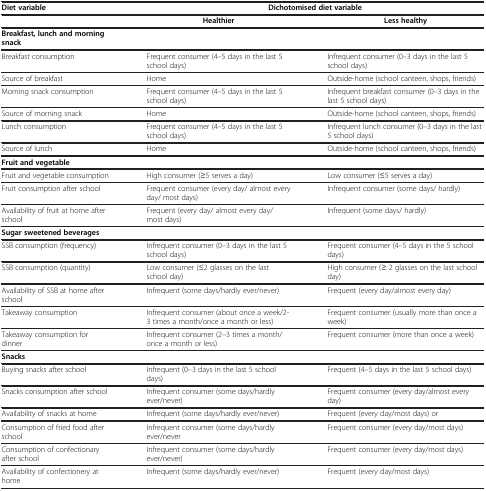
<table><thead><tr><td><b>Diet variable</b></td><td colspan="2"><b>Dichotomised diet variable</b></td></tr></thead><tbody><tr><td> </td><td><b>Healthier</b></td><td><b>Less healthy</b></td></tr><tr><td><b>Breakfast, lunch and morning snack</b></td><td> </td><td> </td></tr><tr><td>Breakfast consumption</td><td>Frequent consumer (4–5 days in the last 5 school days)</td><td>Infrequent consumer (0–3 days in the last 5 school days)</td></tr><tr><td>Source of breakfast</td><td>Home</td><td>Outside-home (school canteen, shops, friends)</td></tr><tr><td>Morning snack consumption</td><td>Frequent consumer (4–5 days in the last 5 school days)</td><td>Infrequent breakfast consumer (0–3 days in the last 5 school days)</td></tr><tr><td>Source of morning snack</td><td>Home</td><td>Outside-home (school canteen, shops, friends)</td></tr><tr><td>Lunch consumption</td><td>Frequent consumer (4–5 days in the last 5 school days)</td><td>Infrequent lunch consumer (0–3 days in the last 5 school days)</td></tr><tr><td>Source of lunch</td><td>Home</td><td>Outside-home (school canteen, shops, friends)</td></tr><tr><td><b>Fruit and vegetable</b></td><td> </td><td> </td></tr><tr><td>Fruit and vegetable consumption</td><td>High consumer (≥5 serves a day)</td><td>Low consumer (≤5 serves a day)</td></tr><tr><td>Fruit consumption after school</td><td>Frequent consumer (every day/ almost every day/ most days)</td><td>Infrequent consumer (some days/ hardly)</td></tr><tr><td>Availability of fruit at home after school</td><td>Frequent (every day/ almost every day/ most days)</td><td>Infrequent (some days/ hardly)</td></tr><tr><td><b>Sugar sweetened beverages</b></td><td> </td><td> </td></tr><tr><td>SSB consumption (frequency)</td><td>Infrequent consumer (0–3 days in the last 5 school days)</td><td>Frequent consumer (4–5 days in the 5 school days)</td></tr><tr><td>SSB consumption (quantity)</td><td>Low consumer (≤2 glasses on the last school day)</td><td>High consumer (≥ 2 glasses on the last school day)</td></tr><tr><td>Availability of SSB at home after school</td><td>Infrequent (some days/hardly ever/never)</td><td>Frequent (every day/almost every day)</td></tr><tr><td>Takeaway consumption</td><td>Infrequent consumer (about once a week/2-3 times a month/once a month or less)</td><td>Frequent consumer (usually more than once a week)</td></tr><tr><td>Takeaway consumption for dinner</td><td>Infrequent consumer (2–3 times a month/once a month or less)</td><td>Frequent consumer (more than once a week)</td></tr><tr><td><b>Snacks</b></td><td> </td><td> </td></tr><tr><td>Buying snacks after school</td><td>Infrequent (0–3 days in the last 5 school days)</td><td>Frequent (4–5 days in the last 5 school days)</td></tr><tr><td>Snacks consumption after school</td><td>Infrequent consumer (some days/hardly ever/never)</td><td>Frequent consumer (every day/almost every day)</td></tr><tr><td>Availability of snacks at home</td><td>Infrequent (some days/hardly ever/never)</td><td>Frequent (every day/most days) or</td></tr><tr><td>Consumption of fried food after school</td><td>Infrequent consumer (some days/hardly ever/never</td><td>Frequent consumer (every day/most days)</td></tr><tr><td>Consumption of confectionary after school</td><td>Infrequent consumer (some days/hardly ever/never)</td><td>Frequent consumer (every day/most days)</td></tr><tr><td>Availability of confectionery at home</td><td>Infrequent (some days/hardly ever/never)</td><td>Frequent (every day/most days)</td></tr></tbody></table>